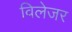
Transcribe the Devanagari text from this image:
विलेजर